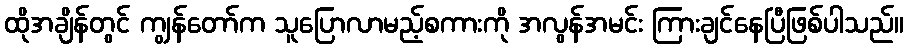
ထိုအချိန်တွင် ကျွန်တော်က သူပြောလာမည့်စကားကို အလွန်အမင်း ကြားချင်နေပြီဖြစ်ပါသည်။